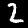
Digit: 2